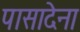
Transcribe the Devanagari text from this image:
पासादेना